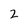
Character: 2